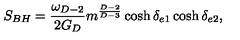
S _ { B H } = { \frac { \omega _ { D - 2 } } { 2 G _ { D } } } m ^ { \frac { D - 2 } { D - 3 } } \cosh \delta _ { e 1 } \cosh \delta _ { e 2 } ,